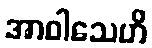
အာဝါသေဟိ